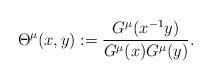
LaTeX: \begin{align*} \Theta^{\mu}(x,y):=\frac{G^{\mu}(x^{-1}y)}{G^{\mu}(x)G^{\mu}(y)}. \end{align*}